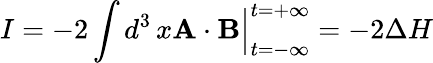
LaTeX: I=-2\int d^{3}\, x{\mathbf A}\cdot{\mathbf B}\Big|_{t=-\infty}^{t=+\infty}=-2\Delta H